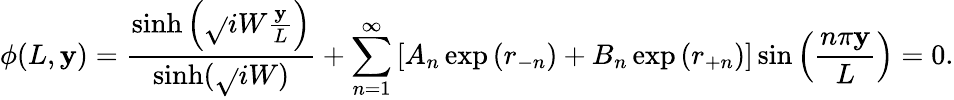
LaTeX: \phi(L,\mathbf{y})=\frac{{\sinh\left(\sqrt{}{i}W\frac{{\mathbf{y}}}{{L}}\right)}}{{\sinh(\sqrt{}{i}W)}}+\sum_{n=1}^{\infty}\left[A_{n}\exp\left(r_{-n}\right)+B_{n}\exp\left(r_{+n}\right)\right]\sin\left(\frac{{n\pi\mathbf{y}}}{{L}}\right)=0.